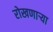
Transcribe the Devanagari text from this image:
रोखणाऱ्या